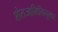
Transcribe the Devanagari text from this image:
शेतजामिनिनुसार